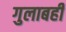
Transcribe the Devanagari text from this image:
गुलाबही